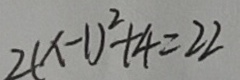
2 ( x - 1 ) ^ { 2 } + 4 = 2 2